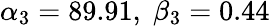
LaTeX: \alpha_{3}=89.91,\; \beta_{3}=0.44